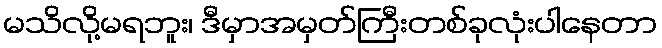
မသိလို့မရဘူး၊ ဒီမှာအမှတ်ကြီးတစ်ခုလုံးပါနေတာ